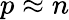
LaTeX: p\approx n